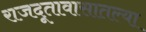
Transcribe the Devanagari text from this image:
राजदूतावासातल्या